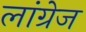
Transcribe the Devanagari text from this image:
लांग्रेज